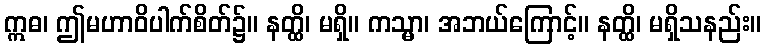
ဣဓ၊ ဤမဟာဝိပါက်စိတ်၌။ နတ္ထိ၊ မရှိ။ ကသ္မာ၊ အဘယ်ကြောင့်။ နတ္ထိ၊ မရှိသနည်း။